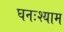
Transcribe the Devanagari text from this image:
घनःश्याम